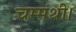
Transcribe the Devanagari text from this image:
चम्मंथी।